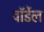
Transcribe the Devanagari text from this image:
वॉर्डेल